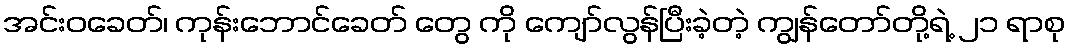
အင်းဝခေတ်၊ ကုန်းဘောင်ခေတ် တွေ ကို ကျော်လွန်ပြီးခဲ့တဲ့ ကျွန်တော်တို့ရဲ့ ၂၁ ရာစု